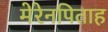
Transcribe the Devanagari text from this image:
मेरेनपिताह